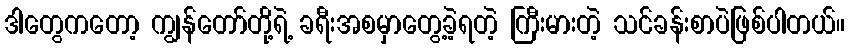
ဒါတွေကတော့ ကျွန်တော်တို့ရဲ့ ခရီးအစမှာတွေ့ခဲ့ရတဲ့ ကြီးမားတဲ့ သင်ခန်းစာပဲဖြစ်ပါတယ်။